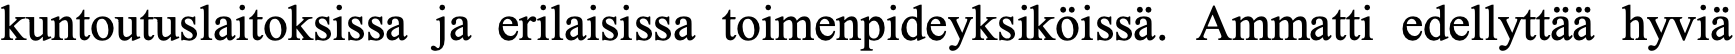
kuntoutuslaitoksissa ja erilaisissa toimenpideyksiköissä. Ammatti edellyttää hyviä